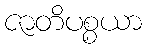
ဇာတိပစ္စယာ